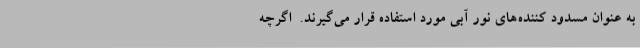
به عنوان مسدود کننده‌های نور آبی مورد استفاده قرار می‌گیرند.  اگرچه